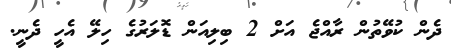
ދެން ކުވޭތުން ރާއްޖެ އަށް 2 ބިލިއަން ޑޮލަރުގެ ހިލޭ އެހީ ދެނީ.